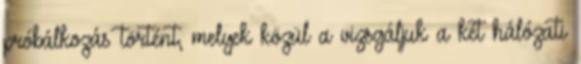
próbálkozás történt, melyek közül a vizsgáljuk a két hálózati